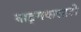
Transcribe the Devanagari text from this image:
वाङ्‌मयासाठी